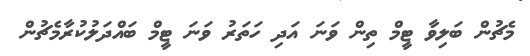
މެޗުން ބަލިވާ ޓީމް ތިން ވަނަ އަދި ހަތަރު ވަނަ ޓީމް ބައްދަލުކުރާމެޗުން